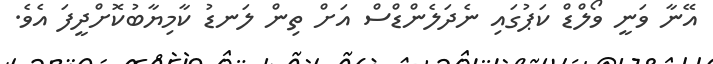
އޭނާ ވަނީ ވޯލްޑް ކަޕުގައި ނެދަލެންޑްސް އަށް ތިން ލަނޑު ކާމިޔާބުކޮށްދީފަ އެވެ.